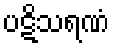
ပဋိသရဏံ